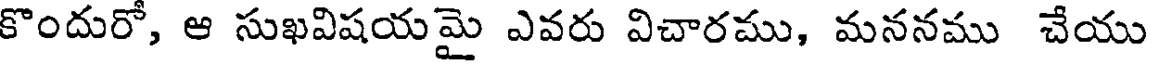
కొందురో, ఆ సుఖవిషయమై ఎవరు విచారము, మననము చేయు